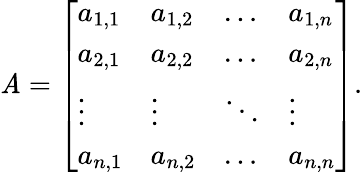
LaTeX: \mathit{A}={\left[\begin{array}{llll}{a_{1,1}}&{a_{1,2}}&{\dots}&{a_{1,n}}\\ {a_{2,1}}&{a_{2,2}}&{\dots}&{a_{2,n}}\\ {\vdots}&{\vdots}&{\ddots}&{\vdots}\\ {a_{n,1}}&{a_{n,2}}&{\dots}&{a_{n,n}}\end{array}\right]}.